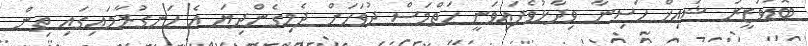
ބޮޑުވަޒީރު ޝައިޚް ހަސިނާ ވިދާޅުވެފައިވަނީ ހަތްމަސް ދުވަހަށް ދެމިގެންދިޔަ އެ ހަނގުރާމައިގައި ތިން